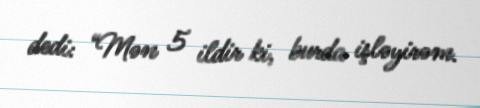
dedi: “Mən 5 ildir ki, burda işləyirəm.